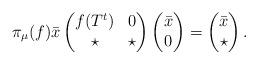
LaTeX: \begin{align*}\pi_{\mu}(f) \bar{x} \begin{pmatrix} f(T^t) & 0 \\ \star & \star \end{pmatrix} \begin{pmatrix} \bar{x} \\ 0 \end{pmatrix} = \begin{pmatrix} \bar{x} \\ \star \end{pmatrix}.\end{align*}